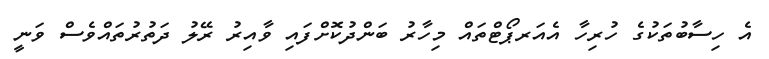
އެ ހިސާބުތަކުގެ ހުރިހާ އެއަރޕޯޓްތައް މިހާރު ބަންދުކޮށްފައި ވާއިރު ރޭލު ދަތުރުތައްވެސް ވަނީ